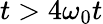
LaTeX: t>4\omega_{0}t